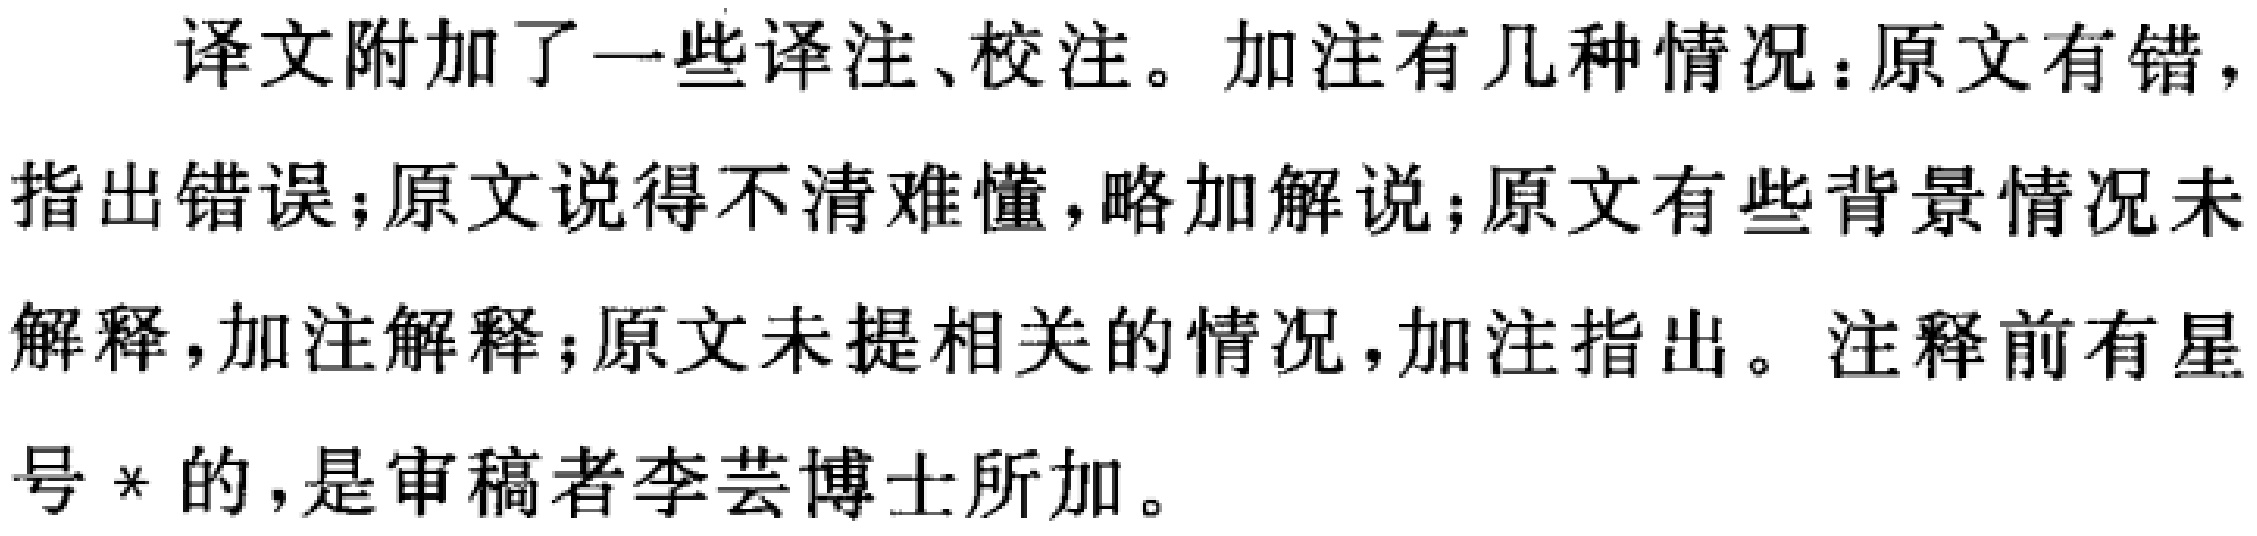
译文附加了一些译注、校注。加注有几种情况：原文有错，指出错误；原文说得不清难懂，略加解说；原文有些背景情况未解释，加注解释；原文未提相关的情况，加注指出。注释前有星号*的，是审稿者李芸博士所加。